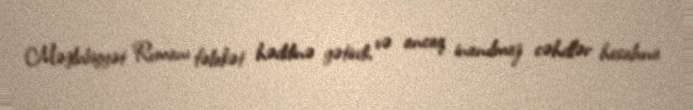
Məğlubiyyət Romanı fəlakət həddinə gətirdi, və ancaq inanılmaz cəhdlər hesabına